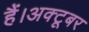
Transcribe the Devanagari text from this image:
हैं।अक्टूबर